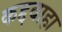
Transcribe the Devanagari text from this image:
कद्दवाहा